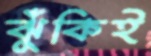
ঝুঁকিই